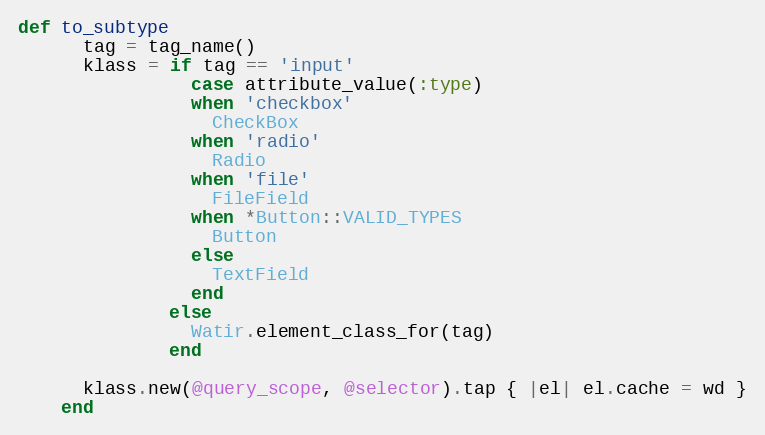
Language: Ruby
def to_subtype
      tag = tag_name()
      klass = if tag == 'input'
                case attribute_value(:type)
                when 'checkbox'
                  CheckBox
                when 'radio'
                  Radio
                when 'file'
                  FileField
                when *Button::VALID_TYPES
                  Button
                else
                  TextField
                end
              else
                Watir.element_class_for(tag)
              end

      klass.new(@query_scope, @selector).tap { |el| el.cache = wd }
    end